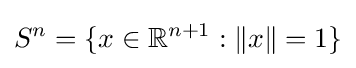
S^{n}=\{x\in \mathbb {R} ^{n+1}:\lVert x\rVert =1\}